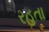
રહતા